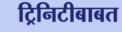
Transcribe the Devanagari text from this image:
ट्रिनिटीबाबत